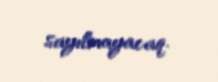
sayılmayacaq.